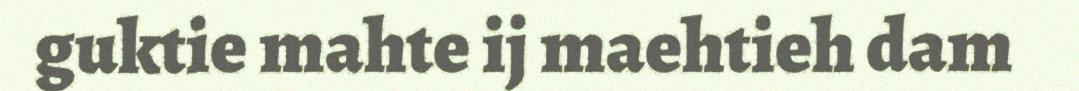
guktie mahte ij maehtieh dam